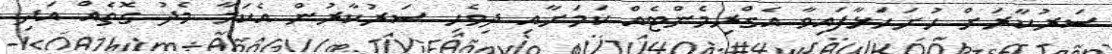
ސަރުކާރަށް ހުށަހަޅާފައިވާ އެގްރިމެންޓެއް ކަމަށާއި ދިވެހި ސަރުކާރުން އެކަމާ މެދު ގޮތެއް އަދި